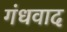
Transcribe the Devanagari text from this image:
गंधवाद